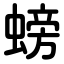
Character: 螃